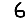
Digit: 6